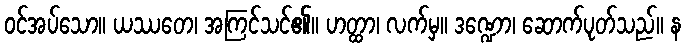
ဝင်အပ်သော။ ယဿတေ၊ အကြင်သင်၏။ ဟတ္ထာ၊ လက်မှ။ ဒဏ္ဍော၊ ဆောက်ပုတ်သည်။ န